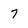
Character: 7